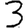
Digit: 3